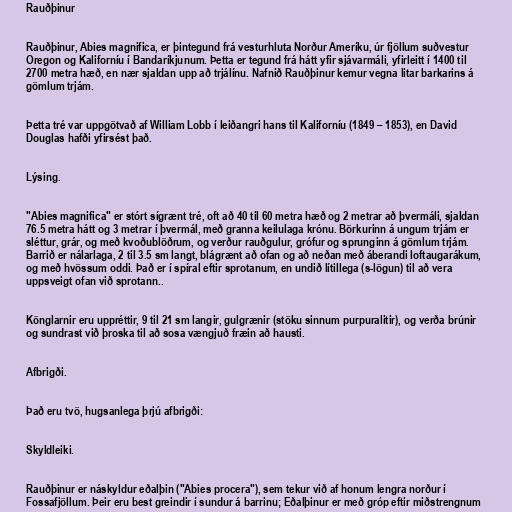
Rauðþinur

Rauðþinur, Abies magnifica, er þintegund frá vesturhluta Norður Ameríku, úr fjöllum suðvestur
Oregon og Kaliforníu í Bandaríkjunum. Þetta er tegund frá hátt yfir sjávarmáli, yfirleitt í 1400 til
2700 metra hæð, en nær sjaldan upp að trjálínu. Nafnið Rauðþinur kemur vegna litar barkarins á
gömlum trjám.

Þetta tré var uppgötvað af William Lobb í leiðangri hans til Kaliforníu (1849 – 1853), en David
Douglas hafði yfirsést það.

Lýsing.

"Abies magnifica" er stórt sígrænt tré, oft að 40 til 60 metra hæð og 2 metrar að þvermáli, sjaldan
76.5 metra hátt og 3 metrar í þvermál, með granna keilulaga krónu. Börkurinn á ungum trjám er
sléttur, grár, og með kvoðublöðrum, og verður rauðgulur, grófur og sprunginn á gömlum trjám.
Barrið er nálarlaga, 2 til 3.5 sm langt, blágrænt að ofan og að neðan með áberandi loftaugarákum,
og með hvössum oddi. Það er í spíral eftir sprotanum, en undið lítillega (s-lögun) til að vera
uppsveigt ofan við sprotann..

Könglarnir eru uppréttir, 9 til 21 sm langir, gulgrænir (stöku sinnum purpuralitir), og verða brúnir
og sundrast við þroska til að sosa vængjuð fræin að hausti.

Afbrigði.

Það eru tvö, hugsanlega þrjú afbrigði:

Skyldleiki.

Rauðþinur er náskyldur eðalþin ("Abies procera"), sem tekur við af honum lengra norður í
Fossafjöllum. Þeir eru best greindir í sundur á barrinu; Eðalþinur er með gróp eftir miðstrengnum